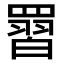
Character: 𮊙